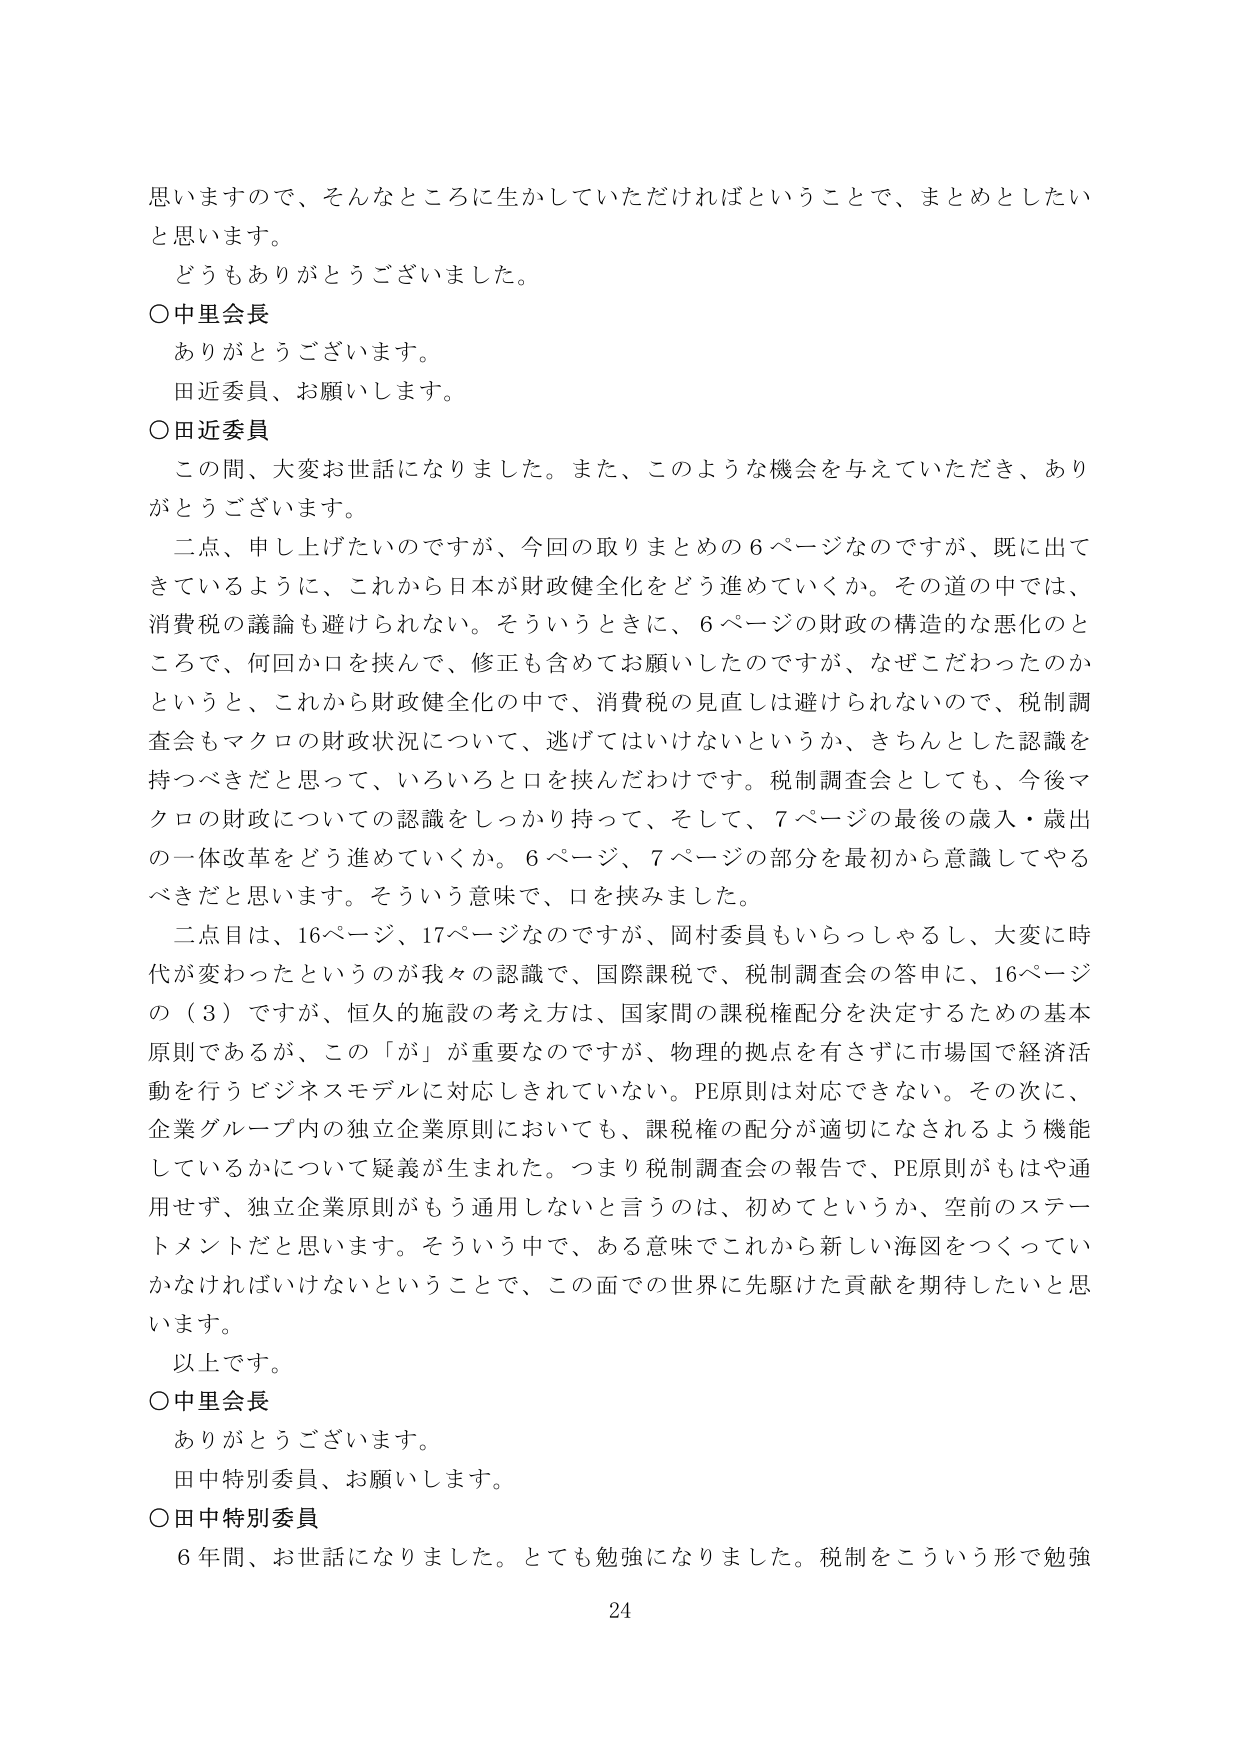
思いますので、そんなところに生かしていただければということで、まとめとしたいと思います。
どうもありがとうございました。
〇中里会長
ありがとうございます。
田近委員、お願いします。
〇田近委員
この間、大変お世話になりました。また、このような機会を与えていただき、ありがとうございます。
二点、申し上げたいのですが、今回の取りまとめの６ページなのですが、既に出てきているように、これから日本が財政健全化をどう進めていくか。その道の中では、消費税の議論も避けられない。そういうときに、６ページの財政の構造的な悪化のところで、何回か口を挟んで、修正も含めてお願いしたのですが、なぜこだわったのかというと、これから財政健全化の中で、消費税の見直しは避けられないので、税制調査会もマクロの財政状況について、逃げてはいけないというか、きちんとした認識を持つべきだと思って、いろいろと口を挟んだわけです。税制調査会としても、今後マクロの財政についての認識をしっかり持って、そして、７ページの最後の歳入・歳出の一体改革をどう進めていくか。６ページ、７ページの部分を最初から意識してやるべきだと思います。そういう意味で、口を挟みました。
二点目は、16ページ、17ページなのですが、岡村委員もいらっしゃるし、大変に時代が変わったというのが我々の認識で、国際課税で、税制調査会の答申に、16ページの（3）ですが、恒久的施設の考え方は、国家間の課税権配分を決定するための基本原則であるが、この「が」が重要なのですが、物理的拠点を有さずに市場国で経済活動を行うビジネスモデルに対応しきれていない。PE原則は対応できない。その次に、企業グループ内の独立企業原則においても、課税権の配分が適切になされるよう機能しているかについて疑義が生まれた。つまり税制調査会の報告で、PE原則がもはや通用せず、独立企業原則がもう通用しないと言うのは、初めてというか、空前のステートメントだと思います。そういう中で、ある意味でこれから新しい海図をつくっていかなければならないということで、この面での世界に先駆けた貢献を期待したいと思います。
以上です。
〇中里会長
ありがとうございます。
田中特別委員、お願いします。
〇田中特別委員
６年間、お世話になりました。とても勉強になりました。税制をこういう形で勉強
24